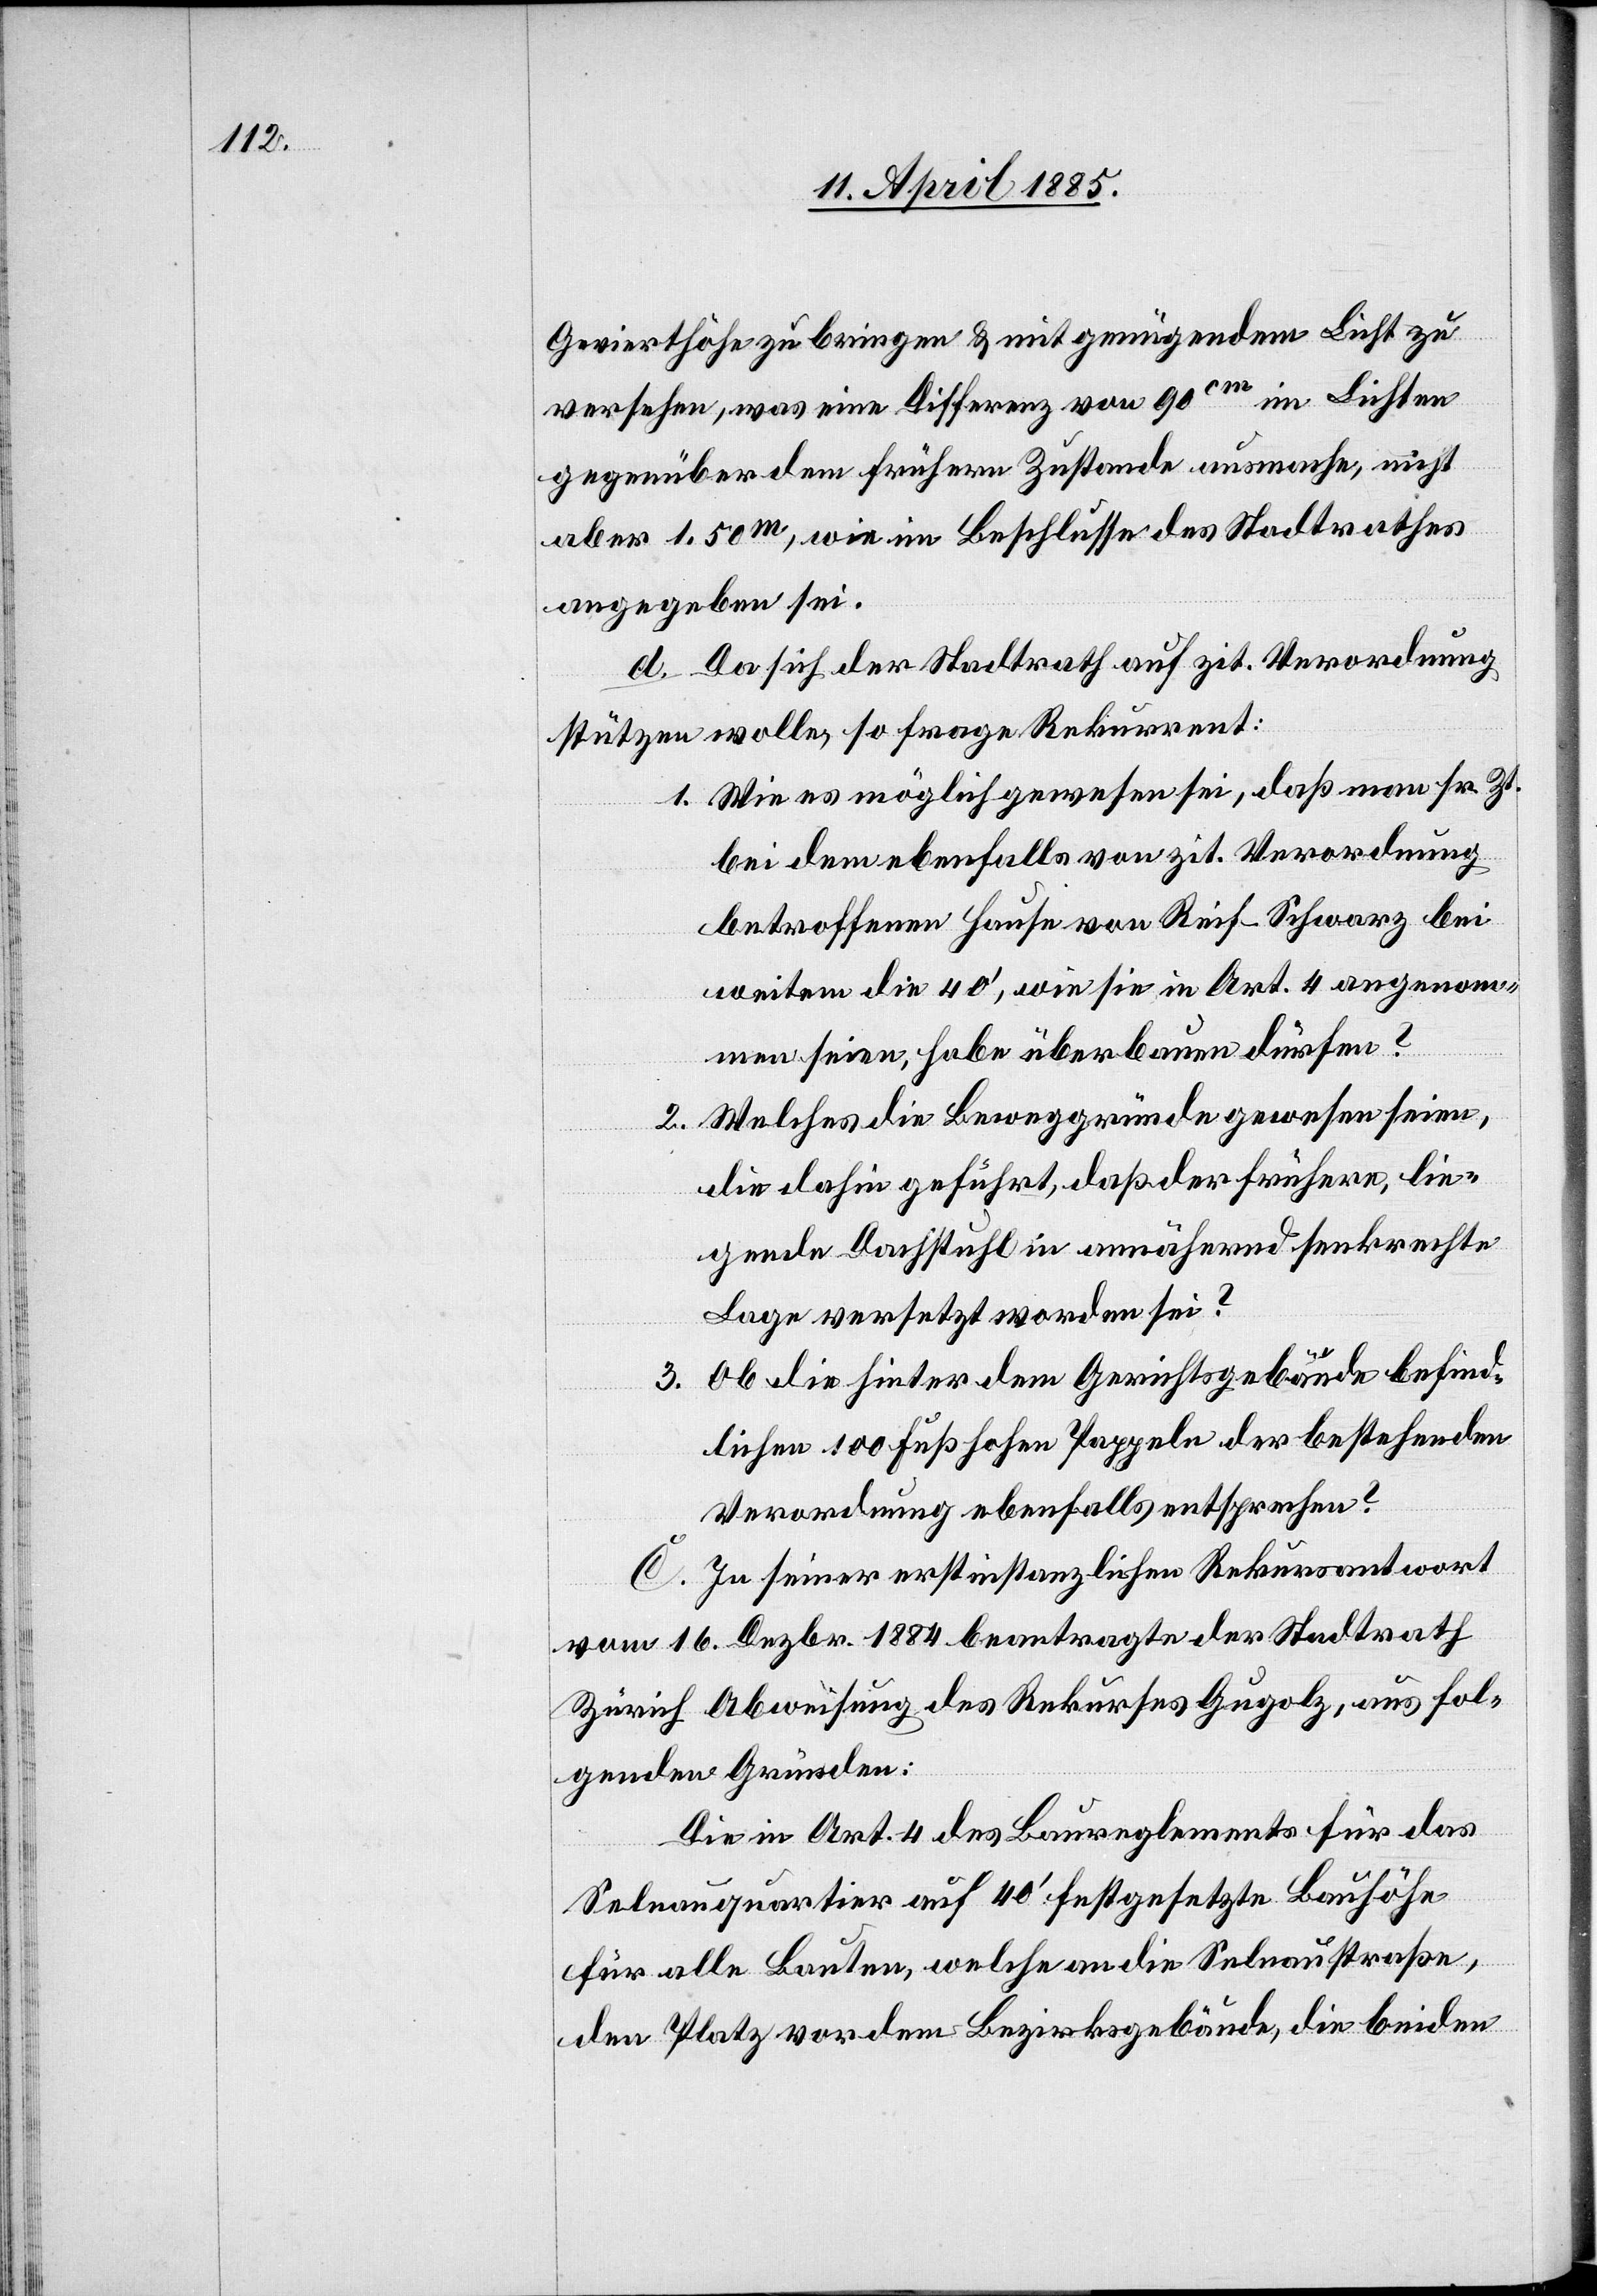
Gevierthöhe zu bringen & mit genügendem Licht zu
versehen, was eine Differenz von 90 cm im Lichten
gegenüber dem frühern Zustande ausmache, nicht
aber 1.50 m, wie im Beschlusse des Stadtrathes
angegeben sei.
d. Da sich der Stadtrath auf zit. Verordnung
stützen wolle, so frage Rekurrent:
1. Wie es möglich gewesen sei, daß man sr. Zt.
bei dem ebenfalls von zit. Verordnung
betroffenen Hause von Reif-Schwarz bei
weitem die 40’, wie sie in Art. 4 angenom¬
men seien, habe überbauen dürfen?
2. Welches die Beweggründe gewesen seien,
die dahin geführt, daß der frühere, lie¬
gende Dachstuhl in annähernd senkrechte
Lage versetzt worden sei?
3. Ob die hinter dem Gerichtsgebäude befind¬
lichen 100 Fuß hohe Pappeln der bestehenden
Verordnung ebenfalls entsprechen?
C. In seiner erstinstanzlichen Rekursantwort
vom 16. Dezbr. 1884 beantragte der Stadtrath
Zürich Abweisung des Rekurses Gugolz, aus fol¬
genden Gründen:
Die in Art. 4 des Baureglements für das
Selnauquartier auf 40’ festgesetzte Bauhöhe
für alle Bauten, welche an die Selnaustraße,
den Platz vor dem Bezirksgebäude, die beiden